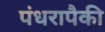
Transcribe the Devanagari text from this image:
पंधरापैकी